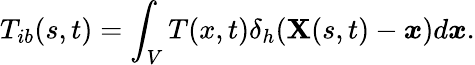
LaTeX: T_{ib}(s,t)=\int_{V}T(x,t)\delta_{h}(\boldsymbol{\mathbf{X}}(s,t)-\boldsymbol{x})d\boldsymbol{x}.